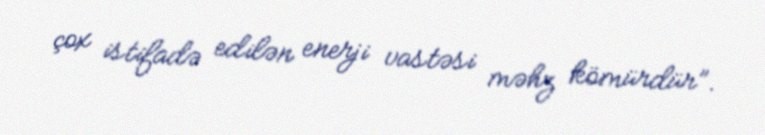
çox istifadə edilən enerji vastəsi məhz kömürdür”.